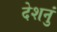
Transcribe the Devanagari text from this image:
देशनुं